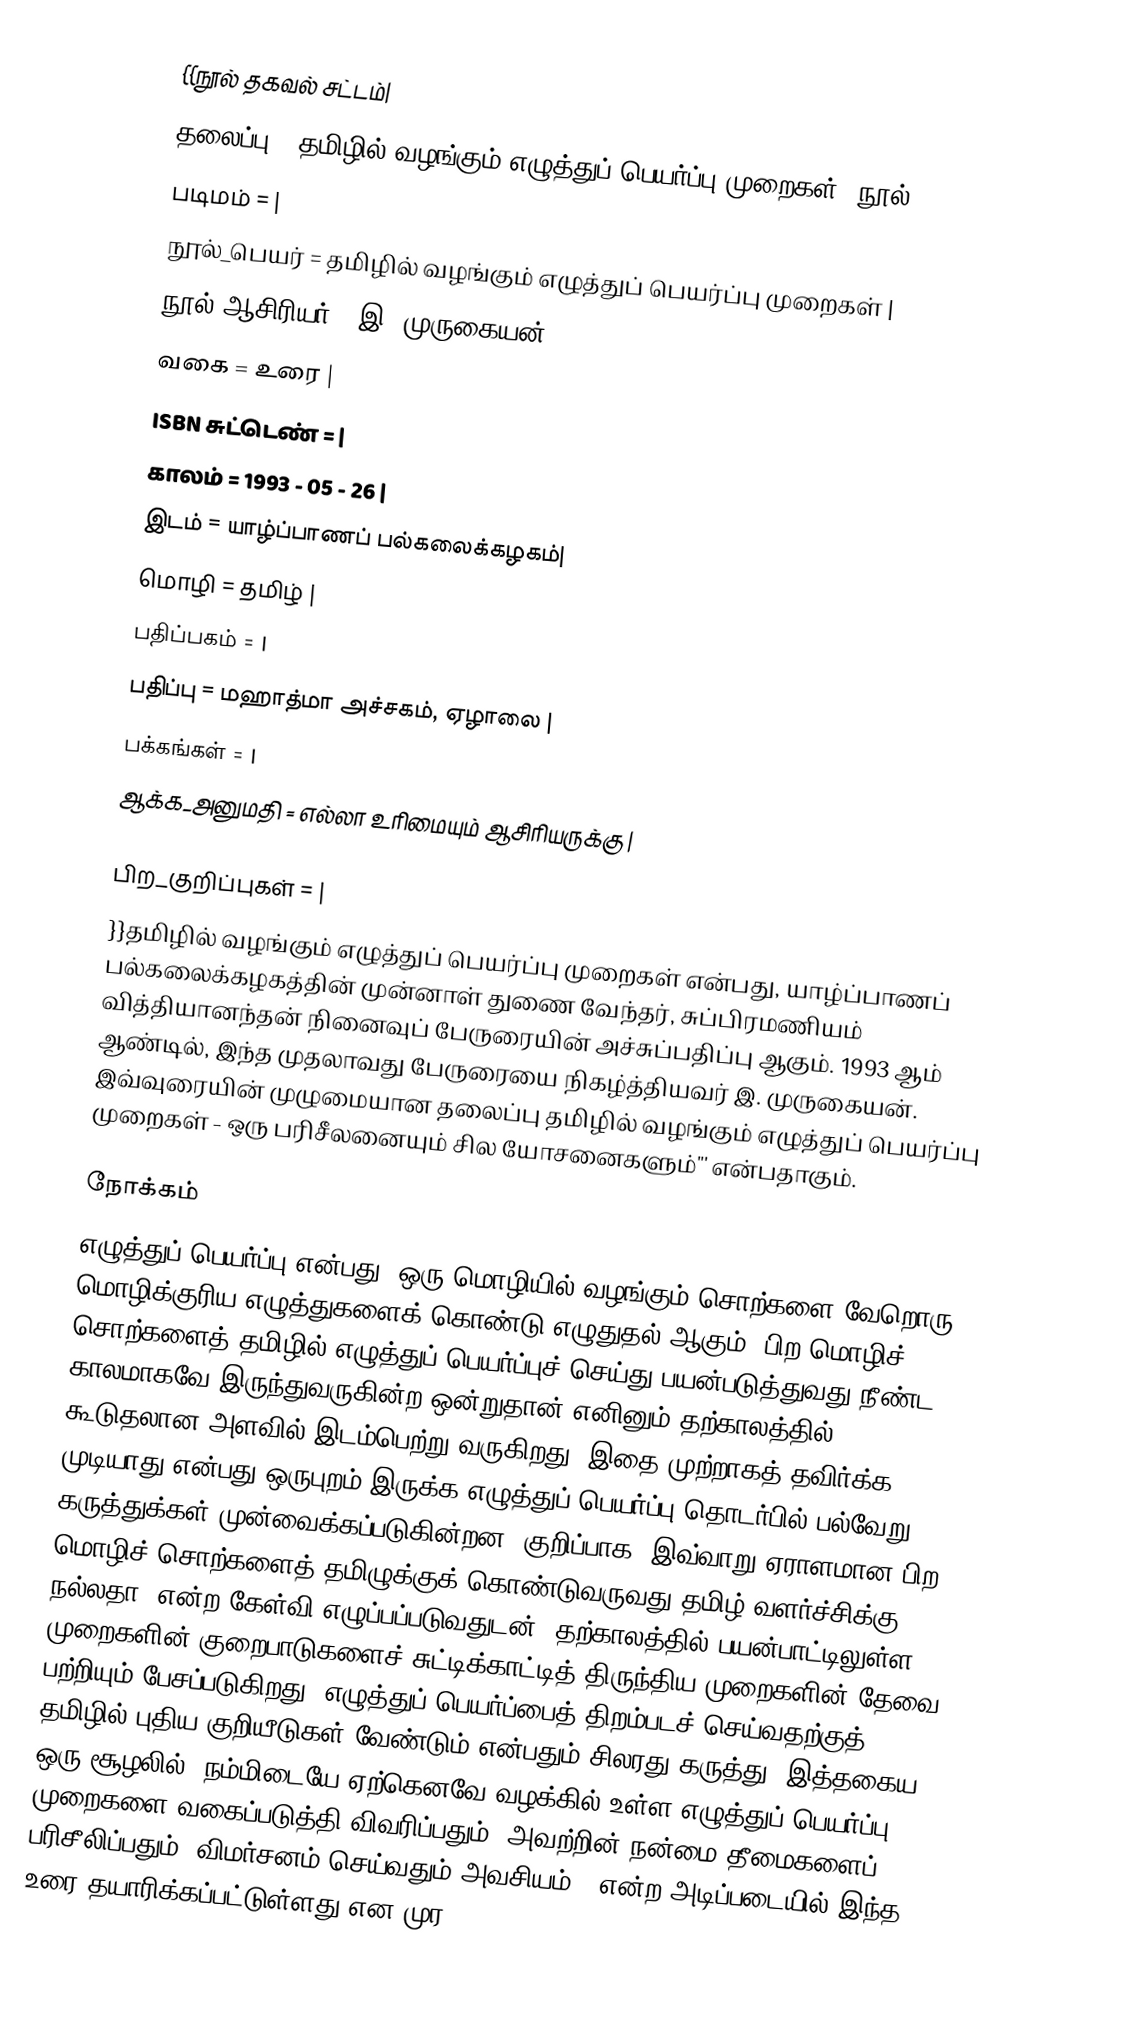
{{நூல் தகவல் சட்டம்|
  தலைப்பு            =  தமிழில் வழங்கும் எழுத்துப் பெயர்ப்பு முறைகள் (நூல்) |
  படிமம்              =  |
  நூல்_பெயர்          =  தமிழில் வழங்கும் எழுத்துப் பெயர்ப்பு முறைகள் |
  நூல்_ஆசிரியர்       =  இ. முருகையன் |
  வகை               =  உரை |
  ISBN சுட்டெண்               =   |
  காலம்              =  1993 - 05 - 26 |
  இடம்               =  யாழ்ப்பாணப் பல்கலைக்கழகம்|
  மொழி              =  தமிழ் |
  பதிப்பகம்           =  |
  பதிப்பு              = மஹாத்மா அச்சகம், ஏழாலை |
  பக்கங்கள்           = |
  ஆக்க_அனுமதி      =  எல்லா உரிமையும் ஆசிரியருக்கு |

  பிற_குறிப்புகள்      =    |
}}தமிழில் வழங்கும் எழுத்துப் பெயர்ப்பு முறைகள் என்பது, யாழ்ப்பாணப் பல்கலைக்கழகத்தின் முன்னாள் துணை வேந்தர், சுப்பிரமணியம் வித்தியானந்தன் நினைவுப் பேருரையின் அச்சுப்பதிப்பு ஆகும். 1993 ஆம் ஆண்டில், இந்த முதலாவது பேருரையை நிகழ்த்தியவர் இ. முருகையன். இவ்வுரையின் முழுமையான தலைப்பு தமிழில் வழங்கும் எழுத்துப் பெயர்ப்பு முறைகள் - ஒரு பரிசீலனையும் சில யோசனைகளும்''' என்பதாகும்.

நோக்கம்
எழுத்துப் பெயர்ப்பு என்பது, ஒரு மொழியில் வழங்கும் சொற்களை வேறொரு மொழிக்குரிய எழுத்துகளைக் கொண்டு எழுதுதல் ஆகும். பிற மொழிச் சொற்களைத் தமிழில் எழுத்துப் பெயர்ப்புச் செய்து பயன்படுத்துவது நீண்ட காலமாகவே இருந்துவருகின்ற ஒன்றுதான் எனினும் தற்காலத்தில் கூடுதலான அளவில் இடம்பெற்று வருகிறது. இதை முற்றாகத் தவிர்க்க முடியாது என்பது ஒருபுறம் இருக்க எழுத்துப் பெயர்ப்பு தொடர்பில் பல்வேறு கருத்துக்கள் முன்வைக்கப்படுகின்றன. குறிப்பாக, இவ்வாறு ஏராளமான பிற மொழிச் சொற்களைத் தமிழுக்குக் கொண்டுவருவது தமிழ் வளர்ச்சிக்கு நல்லதா? என்ற கேள்வி எழுப்பப்படுவதுடன், தற்காலத்தில் பயன்பாட்டிலுள்ள முறைகளின் குறைபாடுகளைச் சுட்டிக்காட்டித் திருந்திய முறைகளின் தேவை பற்றியும் பேசப்படுகிறது. எழுத்துப் பெயர்ப்பைத் திறம்படச் செய்வதற்குத் தமிழில் புதிய குறியீடுகள் வேண்டும் என்பதும் சிலரது கருத்து. இத்தகைய ஒரு சூழலில், நம்மிடையே ஏற்கெனவே வழக்கில் உள்ள எழுத்துப் பெயர்ப்பு முறைகளை வகைப்படுத்தி விவரிப்பதும், அவற்றின் நன்மை தீமைகளைப் பரிசீலிப்பதும், விமர்சனம் செய்வதும் அவசியம்'' என்ற அடிப்படையில் இந்த உரை தயாரிக்கப்பட்டுள்ளது என முர